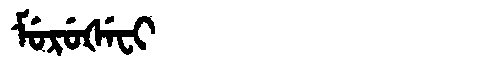
Manchu: ᠮᡠᡵᡠᡧᡝᠸᡳ
Romanization: MURUŠEFI